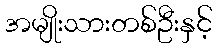
အမျိုးသားတစ်ဦးနှင့်